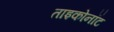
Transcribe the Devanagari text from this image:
ताइकोनॉट